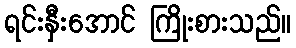
ရင်းနှီးအောင် ကြိုးစားသည်။